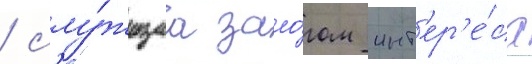
/ слу́жащаа зало́гом инт'ер'е́са